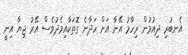
އެނބުރި ދިއުމުން ރިހާމު އޭނާ އަށް ހަދާނެ ގޮތަކާއިމެދުވެސް އޭރު ޖިޔާ އިނީ